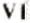
VI